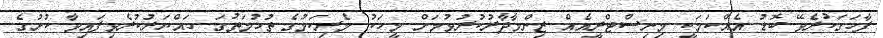
ފާހަގަކުރެވޭ ބޮޑު އެއްކަމަކީ މިނިސްޓްރީއެއް ޒިންމާދާރުކުރުވުމަށް މީހަކު މެރިކަމުގެ ތުހުމަތުގަ ހައްޔަރުކުރެވިފައިވާ ކުށުގެ